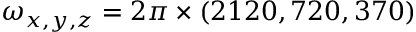
\omega _ { x , y , z } = 2 \pi \times ( 2 1 2 0 , 7 2 0 , 3 7 0 )